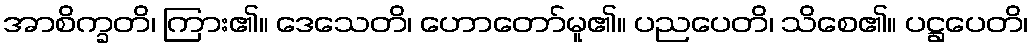
အာစိက္ခတိ၊ ကြား၏။ ဒေသေတိ၊ ဟောတော်မူ၏။ ပညပေတိ၊ သိစေ၏။ ပဋ္ဌပေတိ၊